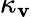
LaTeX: \kappa_{\mathbf{v}}